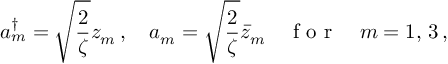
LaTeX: a _ { m } ^ { \dagger } = \sqrt { \frac { 2 } { \zeta } } z _ { m } \, , \quad a _ { m } = \sqrt { \frac { 2 } { \zeta } } \bar { z } _ { m } \quad \textrm { f o r } \quad m = 1 , \, 3 \, ,